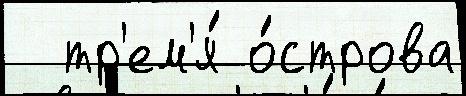
  тр'ем'я́ о́строва